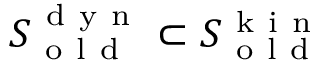
S _ { \mathrm { ~ o ~ l ~ d ~ } } ^ { \mathrm { ~ d ~ y ~ n ~ } } \subset S _ { \mathrm { ~ o ~ l ~ d ~ } } ^ { \mathrm { ~ k ~ i ~ n ~ } }